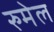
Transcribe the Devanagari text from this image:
रुमेल